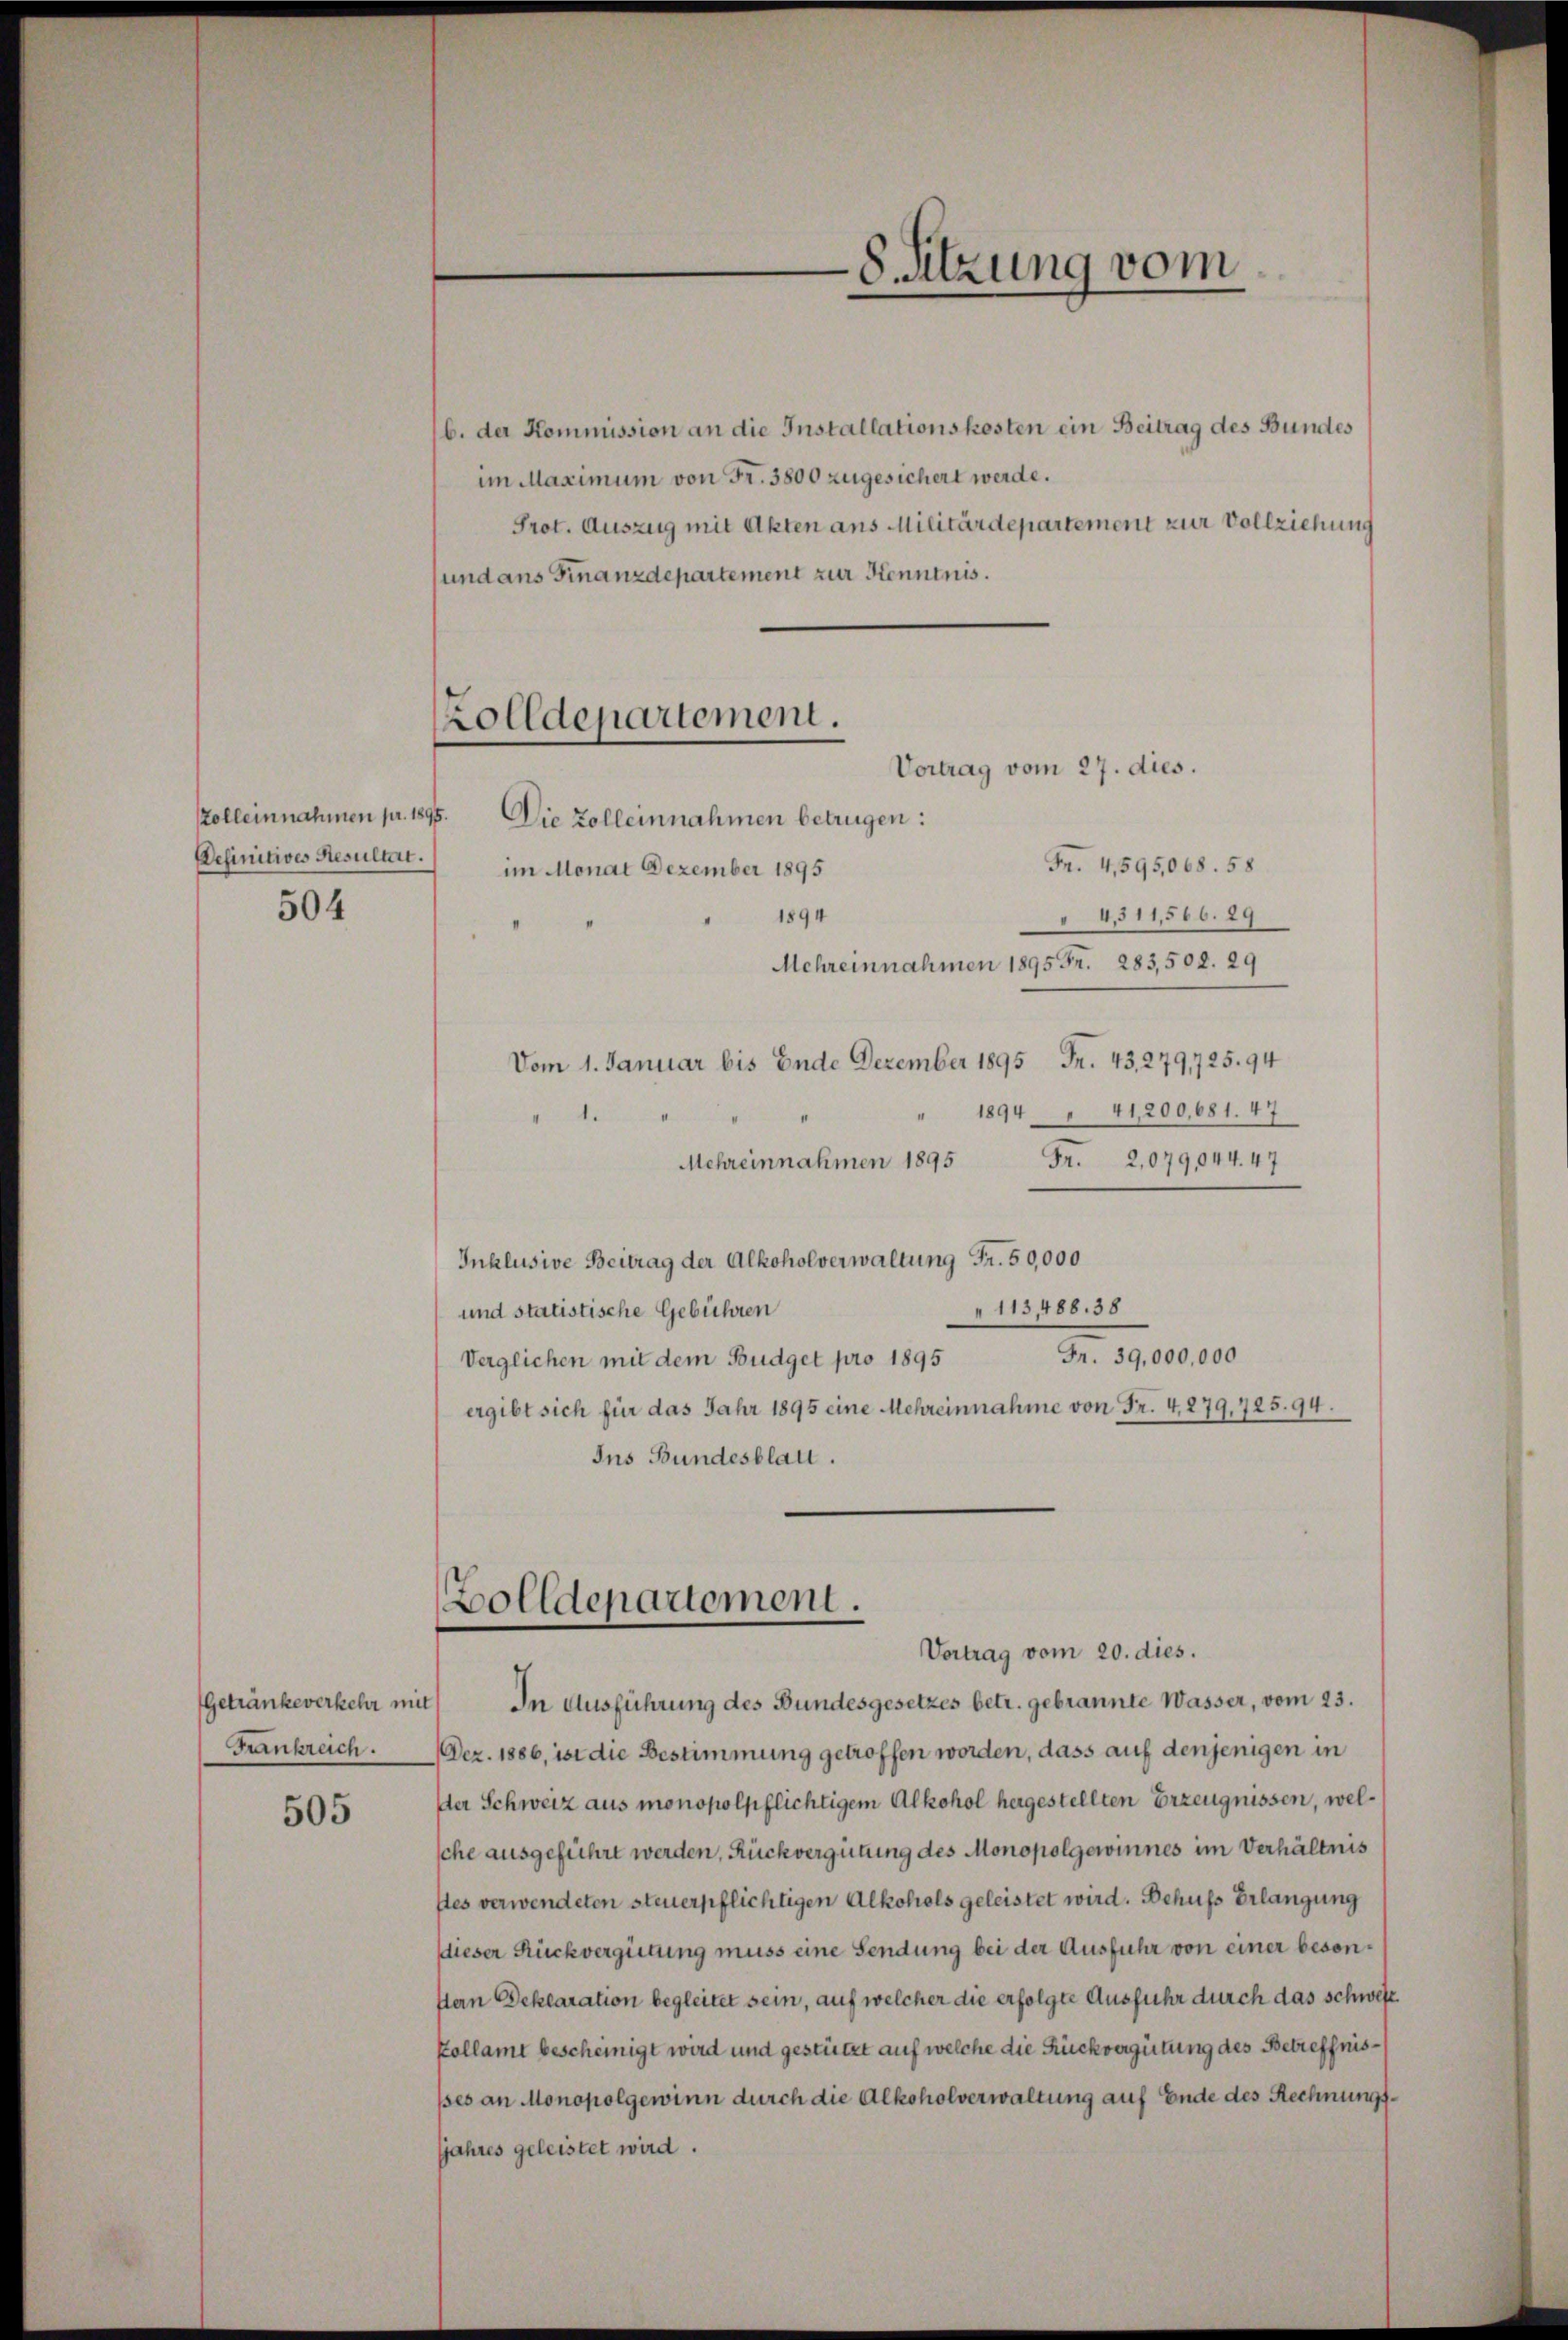
Definitives Resultat.
504

Frankreich.

505

b. der Kommission an die Installationskosten ein Beitrag des Bundes
im Maximum von Fr. 3800 zugesichert werde.
Prot. Auszug mit Akten aus Militärdepartement zur Vollziehung
und ans Finanzdepartement zur Kenntnis.

8 Sitzung vom

Zolldepartement.
Vortrag vom 27. dies.

Kolleinnahmen pr. 1895. Die Zolleinnahmen betrügen:
Fr. 4,595,068. 58
im Monat Dezember 1895
§ 4511,566. 29
1894
Mehreinnahmen 1895 Fr. 283,508. 29
Vom 1. Januar bis Ende Dezember 1895 Fr. 43, 279,725. 94
1894 41,200,681. 47
Mehreinnahmen 1895
Fr. 2,079,044. 47
Inklusive Beitrag der Alkoholverwaltung Fr. 50,000
113,488. 38
und statistische Gebühren
Fr. 39,000,000
Verglichen mit dem Budget pro 1895
ergibt sich für das Jahr 1895 eine Mehreinnahme von Fr. 4,279,725. 94.
Ins Bundesblatt.

Bolldepartement.
Vortrag vom 20. dies.

Getränke verkehr mit In Ausführung des Bundesgesetzes betr. gebrannte Wasser, vom 23.
Dez. 1886, ist die Bestimmung getroffen worden, dass auf denjenigen in
Der Schweiz aus monopolpflichtigem Alkohol hergestellten Erzeugnissen, welsche ausgeführt werden, Rückvergütung des Monopolgewinnes im Verhältnis
stes verwendeten steuerpflichtigen Alkohols geleistet wird. Behufs Erlangung
dieser Rückvergütung muss eine Sendung bei der Ausfuhr von einer besonstern Deklaration begleitet sein, auf welcher die erfolgte Ausfuhr durch das schwest
Kollamt bescheinigt wird und gestützt auf welche die Rückvergütung des Betreffnissses an Monopolgewinn durch die Alkoholverwaltung auf Ende des Rechnungsjahres geleistet wird.